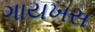
ગાયખસ